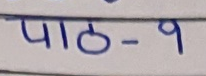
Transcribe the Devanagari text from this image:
पाठ - ९